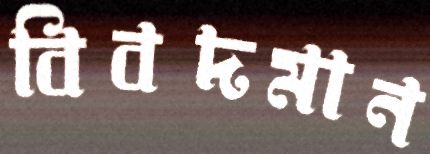
বিবদমান